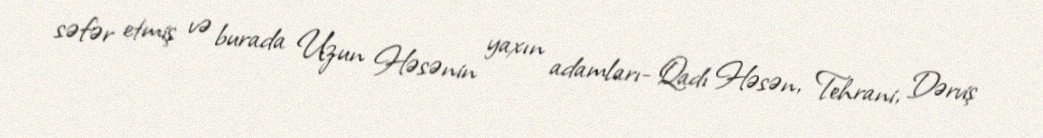
səfər etmiş və burada Uzun Həsənin yaxın adamları- Qadı Həsən, Tehrani, Dərviş